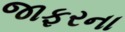
જાફરના